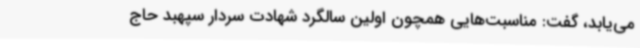
می‌یابد، گفت: مناسبت‌هایی همچون اولین سالگرد شهادت سردار سپهبد حاج